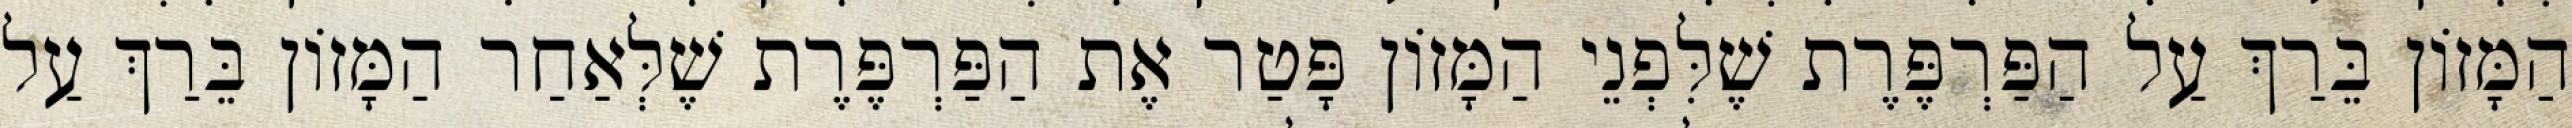
הַמָּזוֹן בֵּרַךְ עַל הַפַּרְפֶּרֶת שֶׁלִּפְנֵי הַמָּזוֹן פָּטַר אֶת הַפַּרְפֶּרֶת שֶׁלְּאַחַר הַמָּזוֹן בֵּרַךְ עַל